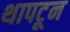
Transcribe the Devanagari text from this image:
थापटून